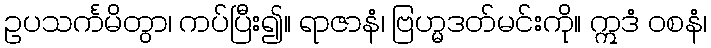
ဥပသင်္ကမိတွာ၊ ကပ်ပြီး၍။ ရာဇာနံ၊ ဗြဟ္မဒတ်မင်းကို။ ဣဒံ ဝစနံ၊